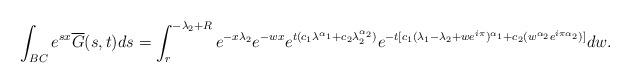
LaTeX: \begin{align*}\int_{BC}e^{sx}\overline{G}(s,t)ds = \int_{r}^{-\lambda_2+R}e^{-x\lambda_2}e^{-wx} e^{t(c_1\lambda^{\alpha_1}+c_2\lambda_2^{\alpha_2})}e^{-t[c_1(\lambda_1-\lambda_2+we^{i\pi})^{\alpha_1}+c_2(w^{\alpha_2}e^{i\pi \alpha_2})]}dw.\end{align*}